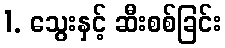
1. သွေးနှင့် ဆီးစစ်ခြင်း